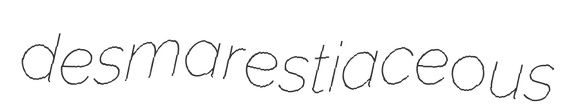
desmarestiaceous